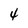
Character: 4